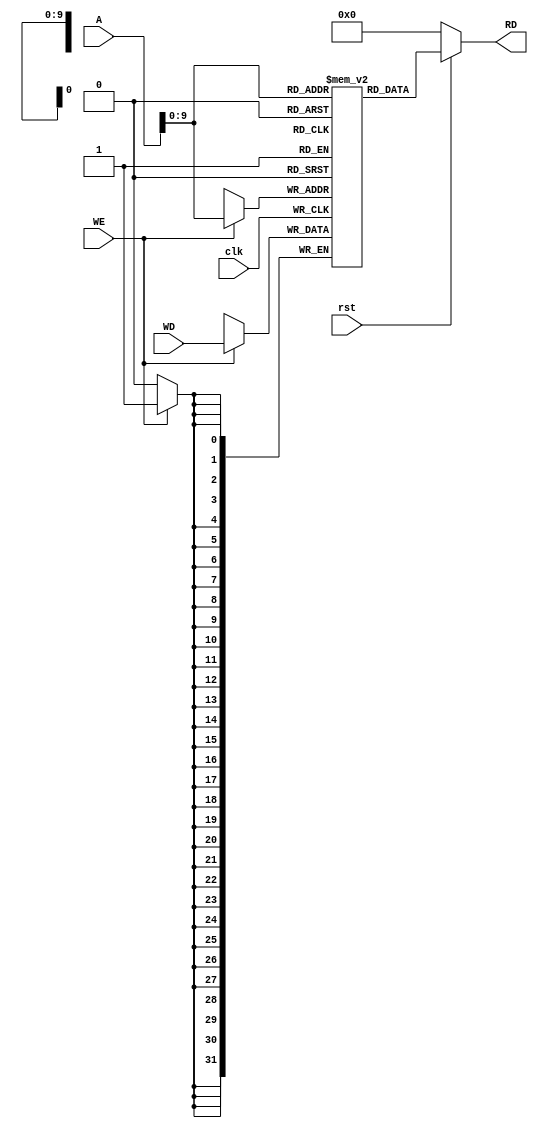
module Data_Memory(clk,rst,WE,WD,A,RD);

    input clk,rst,WE;
    input [31:0]A,WD;
    output [31:0]RD;

    reg [31:0] mem [1023:0];

    always @ (posedge clk)
    begin
        if(WE)
            mem[A] <= WD;
    end

    assign RD = (~rst) ? 32'd0 : mem[A];

    initial begin
        mem[28] = 32'h00000020;
        //mem[40] = 32'h00000002;
    end


endmodule